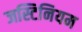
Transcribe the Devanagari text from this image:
जस्टिनियम